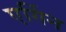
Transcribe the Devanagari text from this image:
एर्गिन